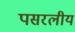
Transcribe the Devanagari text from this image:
पसरलीय